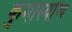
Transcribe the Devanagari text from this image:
कुमास्योंण